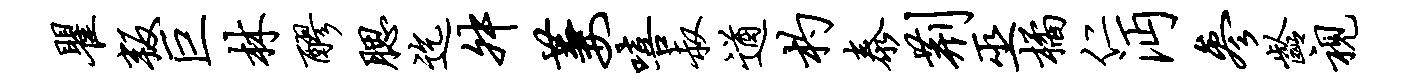
瞿叛巨林醪腮迄舛萋嘻叔遒杓泰荆巫橘仁沔参龄视